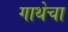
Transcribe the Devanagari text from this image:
गाथेचा